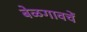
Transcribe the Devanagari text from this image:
बेळगावचें